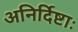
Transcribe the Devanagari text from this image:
अनिर्दिष्टाः